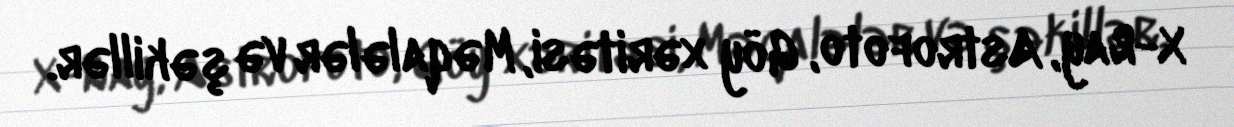
X-Ray, Astrofoto, Göy xəritəsi, Məqalələr və şəkillər.